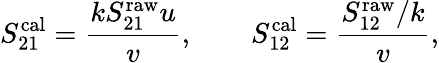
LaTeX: S_{21}^{\mathrm{cal}}=\frac{kS_{21}^{\mathrm{raw}}u}{v},\qquad S_{12}^{\mathrm{cal}}=\frac{S_{12}^{\mathrm{raw}}/k}{v},